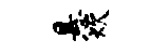
悬炊